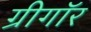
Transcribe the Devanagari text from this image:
ग्रीगॉर